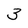
Character: 3